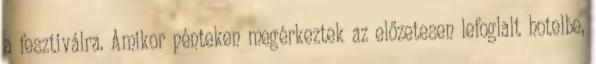
a fesztiválra. Amikor pénteken megérkeztek az előzetesen lefoglalt hotelbe,